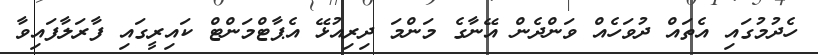
ހެދުމުގައި އެތައް ދުވަހެއް ވަންދެން އޭނާގެ މަންމަ ދިރިއުޅޭ އެޕާޓްމަންޓް ކައިރީގައި ފާރަލާފައިވާ